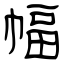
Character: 幅